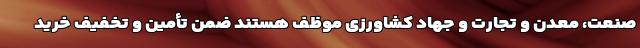
صنعت، معدن و تجارت و جهاد کشاورزی موظف هستند ضمن تأمین و تخفیف خرید